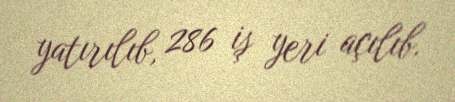
yatırılıb, 286 iş yeri açılıb.